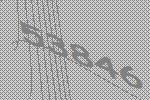
53846